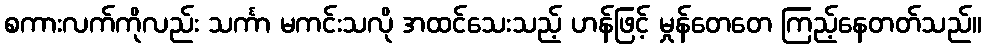
စကားလက်ကိုလည်း သင်္ကာ မကင်းသလို အထင်သေးသည့် ဟန်ဖြင့် မှုန်တေတေ ကြည့်နေတတ်သည်။